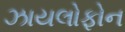
ઝાયલોફોન